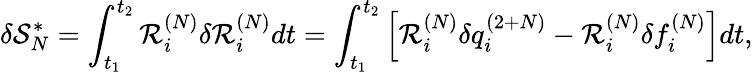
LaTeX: \delta\mathcal{S}_{N}^{*}=\int_{t_{1}}^{t_{2}}\mathcal{R}_{i}^{(N)}\delta\mathcal{R}_{i}^{(N)}dt=\int_{t_{1}}^{t_{2}}\left[\mathcal{R}_{i}^{(N)}\delta{q}_{i}^{(2+N)}-\mathcal{R}_{i}^{(N)}\delta f_{i}^{(N)}\right]dt,